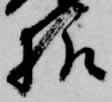
様